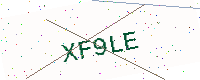
Text: XF9LE